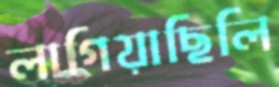
লাগিয়াছিলি